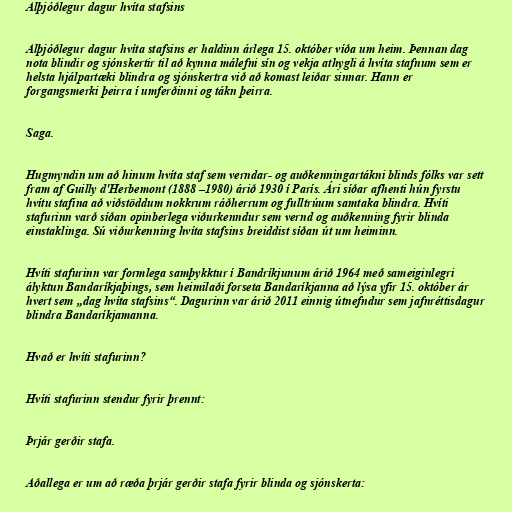
Alþjóðlegur dagur hvíta stafsins

Alþjóðlegur dagur hvíta stafsins er haldinn árlega 15. október víða um heim. Þennan dag
nota blindir og sjónskertir til að kynna málefni sín og vekja athygli á hvíta stafnum sem er
helsta hjálpartæki blindra og sjónskertra við að komast leiðar sinnar. Hann er
forgangsmerki þeirra í umferðinni og tákn þeirra.

Saga.

Hugmyndin um að hinum hvíta staf sem verndar- og auðkenningartákni blinds fólks var sett
fram af Guilly d'Herbemont (1888 –1980) árið 1930 í París. Ári síðar afhenti hún fyrstu
hvítu stafina að viðstöddum nokkrum ráðherrum og fulltrúum samtaka blindra. Hvíti
stafurinn varð síðan opinberlega viðurkenndur sem vernd og auðkenning fyrir blinda
einstaklinga. Sú viðurkenning hvíta stafsins breiddist síðan út um heiminn.

Hvíti stafurinn var formlega samþykktur í Bandríkjunum árið 1964 með sameiginlegri
ályktun Bandaríkjaþings, sem heimilaði forseta Bandaríkjanna að lýsa yfir 15. október ár
hvert sem „dag hvíta stafsins“. Dagurinn var árið 2011 einnig útnefndur sem jafnréttisdagur
blindra Bandaríkjamanna.

Hvað er hvíti stafurinn?

Hvíti stafurinn stendur fyrir þrennt:

Þrjár gerðir stafa.

Aðallega er um að ræða þrjár gerðir stafa fyrir blinda og sjónskerta: